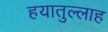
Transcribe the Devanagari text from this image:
हयातुल्लाह